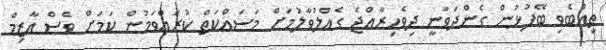
ތިއްބެވި ބޭފުޅުން ގެންދަވަނީ ދިވެހިރާއްޖެ ގެއްލުވާލުމަށް މަސައްކަތް ކުރައްވަމުން ކަމަށް ވެސް އާޒިމް